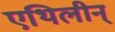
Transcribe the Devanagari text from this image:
एथिलीन्‌